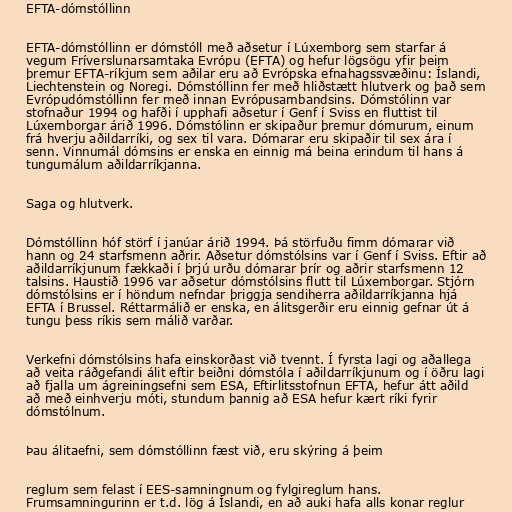
EFTA-dómstóllinn

EFTA-dómstóllinn er dómstóll með aðsetur í Lúxemborg sem starfar á
vegum Fríverslunarsamtaka Evrópu (EFTA) og hefur lögsögu yfir þeim
þremur EFTA-ríkjum sem aðilar eru að Evrópska efnahagssvæðinu: Íslandi,
Liechtenstein og Noregi. Dómstóllinn fer með hliðstætt hlutverk og það sem
Evrópudómstóllinn fer með innan Evrópusambandsins. Dómstólinn var
stofnaður 1994 og hafði í upphafi aðsetur í Genf í Sviss en fluttist til
Lúxemborgar árið 1996. Dómstólinn er skipaður þremur dómurum, einum
frá hverju aðildarríki, og sex til vara. Dómarar eru skipaðir til sex ára í
senn. Vinnumál dómsins er enska en einnig má beina erindum til hans á
tungumálum aðildarríkjanna.

Saga og hlutverk.

Dómstóllinn hóf störf í janúar árið 1994. Þá störfuðu fimm dómarar við
hann og 24 starfsmenn aðrir. Aðsetur dómstólsins var í Genf í Sviss. Eftir að
aðildarríkjunum fækkaði í þrjú urðu dómarar þrír og aðrir starfsmenn 12
talsins. Haustið 1996 var aðsetur dómstólsins flutt til Lúxemborgar. Stjórn
dómstólsins er í höndum nefndar þriggja sendiherra aðildarríkjanna hjá
EFTA í Brussel. Réttarmálið er enska, en álitsgerðir eru einnig gefnar út á
tungu þess ríkis sem málið varðar.

Verkefni dómstólsins hafa einskorðast við tvennt. Í fyrsta lagi og aðallega
að veita ráðgefandi álit eftir beiðni dómstóla í aðildarríkjunum og í öðru lagi
að fjalla um ágreiningsefni sem ESA, Eftirlitsstofnun EFTA, hefur átt aðild
að með einhverju móti, stundum þannig að ESA hefur kært ríki fyrir
dómstólnum.

Þau álitaefni, sem dómstóllinn fæst við, eru skýring á þeim

reglum sem felast í EES-samningnum og fylgireglum hans.
Frumsamningurinn er t.d. lög á Íslandi, en að auki hafa alls konar reglur